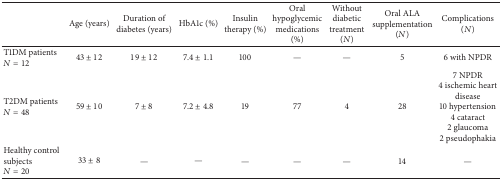
<table><thead><tr><td><b> </b></td><td><b>Age (years)</b></td><td><b>Duration of diabetes (years)</b></td><td><b>HbA1c (%)</b></td><td><b>Insulin therapy (%)</b></td><td><b>Oral hypoglycemic medications (%)</b></td><td><b>Without diabetic treatment (<i>N</i>)</b></td><td><b>Oral ALA supplementation (<i>N</i>)</b></td><td><b>Complications (<i>N</i>)</b></td></tr></thead><tbody><tr><td>T1DM patients <i>N</i> = 12</td><td>43 ± 12</td><td>19 ± 12</td><td>7.4 ± 1.1</td><td>100</td><td>—</td><td>—</td><td>5</td><td>6 with NPDR</td></tr><tr><td>T2DM patients <i>N</i> = 48</td><td>59 ± 10</td><td>7 ± 8</td><td>7.2 ± 4.8</td><td>19</td><td>77</td><td>4</td><td>28</td><td>7 NPDR 4 ischemic heart disease 10 hypertension 4 cataract 2 glaucoma 2 pseudophakia</td></tr><tr><td>Healthy control subjects <i>N</i> = 20</td><td>33 ± 8</td><td>—</td><td>—</td><td>—</td><td>—</td><td>—</td><td>14</td><td>—</td></tr></tbody></table>